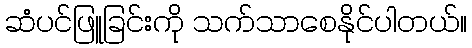
ဆံပင်ဖြူခြင်းကို သက်သာစေနိုင်ပါတယ်။